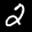
Label: 2